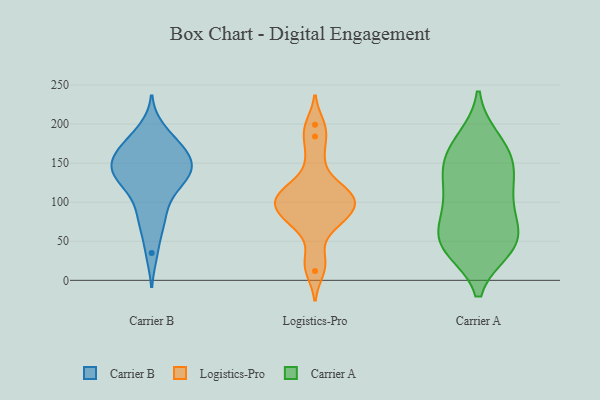
{"axis": {"x": "Market Share (%)", "y": "Value"}, "legend": ["Carrier A", "Carrier B", "Logistics-Pro"], "data": [{"x": "", "y": 136, "type": "Carrier B"}, {"x": "", "y": 135, "type": "Carrier B"}, {"x": "", "y": 76, "type": "Carrier B"}, {"x": "", "y": 179, "type": "Carrier B"}, {"x": "", "y": 137, "type": "Carrier B"}, {"x": "", "y": 169, "type": "Carrier B"}, {"x": "", "y": 73, "type": "Carrier B"}, {"x": "", "y": 193, "type": "Carrier B"}, {"x": "", "y": 126, "type": "Carrier B"}, {"x": "", "y": 171, "type": "Carrier B"}, {"x": "", "y": 158, "type": "Carrier B"}, {"x": "", "y": 116, "type": "Carrier B"}, {"x": "", "y": 100, "type": "Carrier B"}, {"x": "", "y": 35, "type": "Carrier B"}, {"x": "", "y": 144, "type": "Carrier B"}, {"x": "", "y": 151, "type": "Carrier B"}, {"x": "", "y": 152, "type": "Carrier B"}, {"x": "", "y": 88, "type": "Logistics-Pro"}, {"x": "", "y": 105, "type": "Logistics-Pro"}, {"x": "", "y": 76, "type": "Logistics-Pro"}, {"x": "", "y": 12, "type": "Logistics-Pro"}, {"x": "", "y": 68, "type": "Logistics-Pro"}, {"x": "", "y": 28, "type": "Logistics-Pro"}, {"x": "", "y": 93, "type": "Logistics-Pro"}, {"x": "", "y": 199, "type": "Logistics-Pro"}, {"x": "", "y": 113, "type": "Logistics-Pro"}, {"x": "", "y": 112, "type": "Logistics-Pro"}, {"x": "", "y": 86, "type": "Logistics-Pro"}, {"x": "", "y": 184, "type": "Logistics-Pro"}, {"x": "", "y": 122, "type": "Logistics-Pro"}, {"x": "", "y": 104, "type": "Logistics-Pro"}, {"x": "", "y": 155, "type": "Logistics-Pro"}, {"x": "", "y": 180, "type": "Carrier A"}, {"x": "", "y": 41, "type": "Carrier A"}, {"x": "", "y": 57, "type": "Carrier A"}, {"x": "", "y": 175, "type": "Carrier A"}, {"x": "", "y": 122, "type": "Carrier A"}, {"x": "", "y": 162, "type": "Carrier A"}, {"x": "", "y": 51, "type": "Carrier A"}, {"x": "", "y": 100, "type": "Carrier A"}, {"x": "", "y": 148, "type": "Carrier A"}, {"x": "", "y": 47, "type": "Carrier A"}, {"x": "", "y": 50, "type": "Carrier A"}, {"x": "", "y": 41, "type": "Carrier A"}, {"x": "", "y": 140, "type": "Carrier A"}, {"x": "", "y": 90, "type": "Carrier A"}, {"x": "", "y": 138, "type": "Carrier A"}, {"x": "", "y": 89, "type": "Carrier A"}]}